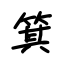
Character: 箕